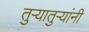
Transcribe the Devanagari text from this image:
तुऱ्यातुऱ्यांनी